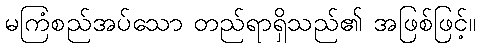
မကြံစည်အပ်သော တည်ရာရှိသည်၏ အဖြစ်ဖြင့်။